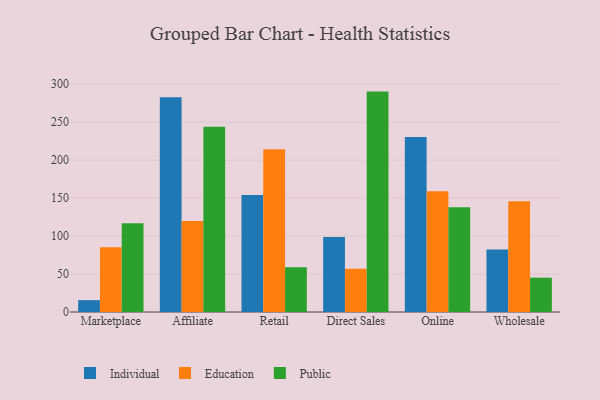
{"axis": {"x": "Channel", "y": "Website Visitors"}, "legend": ["Education", "Individual", "Public"], "data": [{"x": "Marketplace", "y": 15.6, "type": "Individual"}, {"x": "Marketplace", "y": 85.4, "type": "Education"}, {"x": "Marketplace", "y": 116.8, "type": "Public"}, {"x": "Affiliate", "y": 282.9, "type": "Individual"}, {"x": "Affiliate", "y": 119.8, "type": "Education"}, {"x": "Affiliate", "y": 243.9, "type": "Public"}, {"x": "Retail", "y": 154.1, "type": "Individual"}, {"x": "Retail", "y": 214.3, "type": "Education"}, {"x": "Retail", "y": 59.0, "type": "Public"}, {"x": "Direct Sales", "y": 98.6, "type": "Individual"}, {"x": "Direct Sales", "y": 57.0, "type": "Education"}, {"x": "Direct Sales", "y": 290.2, "type": "Public"}, {"x": "Online", "y": 230.3, "type": "Individual"}, {"x": "Online", "y": 159.1, "type": "Education"}, {"x": "Online", "y": 137.9, "type": "Public"}, {"x": "Wholesale", "y": 82.4, "type": "Individual"}, {"x": "Wholesale", "y": 145.9, "type": "Education"}, {"x": "Wholesale", "y": 45.2, "type": "Public"}]}